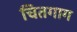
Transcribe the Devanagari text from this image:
चितगाग